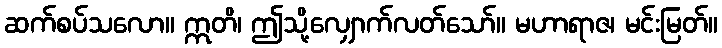
ဆက်စပ်သလော။ ဣတိ၊ ဤသို့လျှောက်လတ်သော်။ မဟာရာဇ၊ မင်းမြတ်။